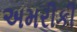
અમરીકી